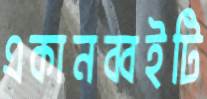
একানব্বইটি